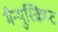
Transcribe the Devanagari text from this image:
मैन्युस्क्रिप्ट